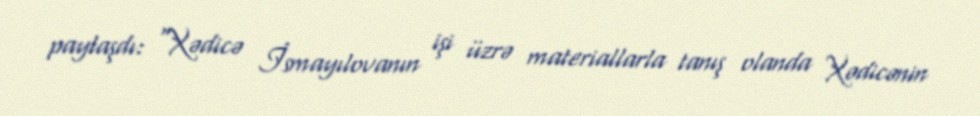
paylaşdı: “Xədicə İsmayılovanın işi üzrə materiallarla tanış olanda Xədicənin